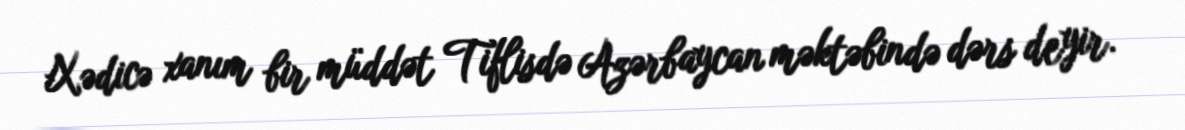
Xədicə xanım bir müddət Tiflisdə Azərbaycan məktəbində dərs deyir.